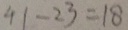
4 1 - 2 3 = 1 8